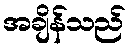
အချိန်သည်